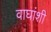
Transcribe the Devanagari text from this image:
वाघांशी